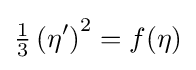
{\tfrac {1}{3}}\left(\eta '\right)^{2}=f(\eta )